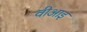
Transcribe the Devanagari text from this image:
वीआइ